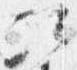
次